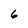
Character: 6